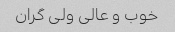
خوب و عالی ولی گران